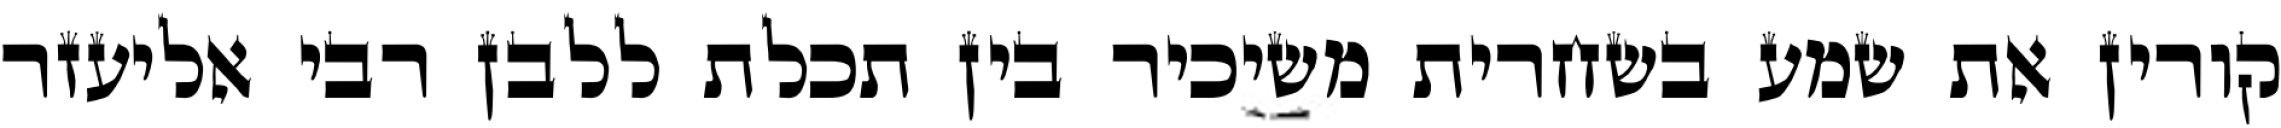
קורין את שמע בשחרית משיכיר בין תכלת ללבן רבי אליעזר